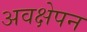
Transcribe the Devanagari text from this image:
अवक्षेपन